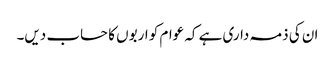
ان کی ذمہ داری ہے کہ عوام کو اربوں کا حساب دیں۔